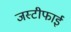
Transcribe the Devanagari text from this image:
जस्टीफाई